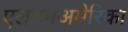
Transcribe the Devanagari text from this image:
एलबमअमेरिका